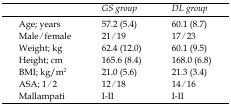
<table><thead><tr><td></td><td><b>GS group</b></td><td><b>DL group</b></td></tr></thead><tbody><tr><td>Age; years</td><td>57.2 (5.4)</td><td>60.1 (8.7)</td></tr><tr><td>Male / female</td><td>21 / 19</td><td>17 / 23</td></tr><tr><td>Weight; kg</td><td>62.4 (12.0)</td><td>60.1 (9.5)</td></tr><tr><td>Height; cm</td><td>165.6 (8.4)</td><td>168.0 (6.8)</td></tr><tr><td>BMI; kg/m<sup>2</sup></td><td>21.0 (5.6)</td><td>21.3 (3.4)</td></tr><tr><td>ASA; 1 / 2</td><td>12 / 18</td><td>14 / 16</td></tr><tr><td>Mallampati</td><td>I-II</td><td>I-II</td></tr></tbody></table>